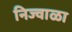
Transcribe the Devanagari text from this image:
निज्वाळा